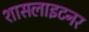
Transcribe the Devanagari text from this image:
शासलाइटनर